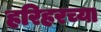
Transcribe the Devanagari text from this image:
हरिहरच्या